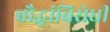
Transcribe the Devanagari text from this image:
बौद्धांविरोधी